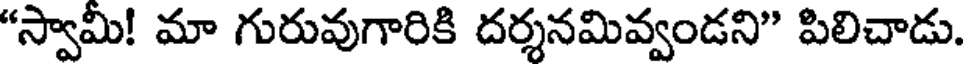
"స్వామీ! మా గురువుగారికి దర్శనమివ్వండని" పిలిచాడు.